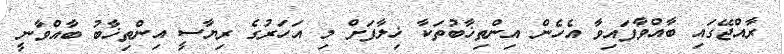
ރާއްޖޭގައި ބާއްވާފައިވާ އެހެން އިންތިޚާބުތަކާ ޚިލާފަށް މި އަހަރުގެ ރިޔާސީ އިންތިޚާބު ބާއްވާނީ